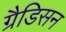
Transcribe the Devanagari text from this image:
ग्रैडिसन